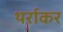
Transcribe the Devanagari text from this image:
थर्राकर